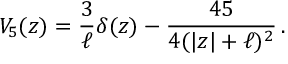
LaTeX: V _ { 5 } ( z ) = \frac { 3 } { \ell } \delta ( z ) - \frac { 4 5 } { 4 ( | z | + \ell ) ^ { 2 } } \, .